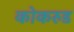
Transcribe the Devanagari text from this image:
कोकरुड